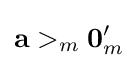
\mathbf {a} >_{m}{\boldsymbol {0}}_{m}'